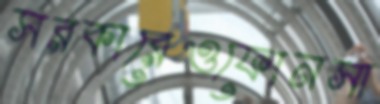
সরকারেওফোনসা